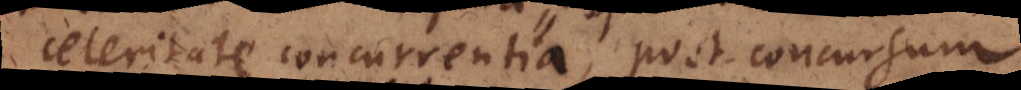
celeritate concurrentia, post concursum